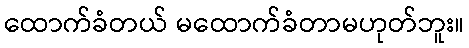
ထောက်ခံတယ် မထောက်ခံတာမဟုတ်ဘူး။